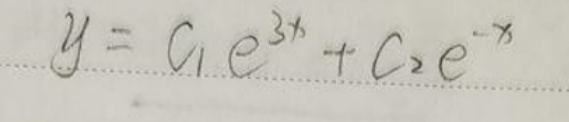
$y = c_1 e^{3x}+c_2 e^{-x}$